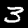
Digit: 3